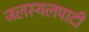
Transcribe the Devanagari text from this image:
जलस्थलपादी